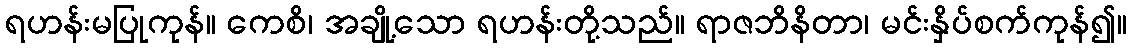
ရဟန်းမပြုကုန်။ ကေစိ၊ အချို့သော ရဟန်းတို့သည်။ ရာဇဘိနိတာ၊ မင်းနှိပ်စက်ကုန်၍။